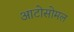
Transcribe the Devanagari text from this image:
आटोसोमल